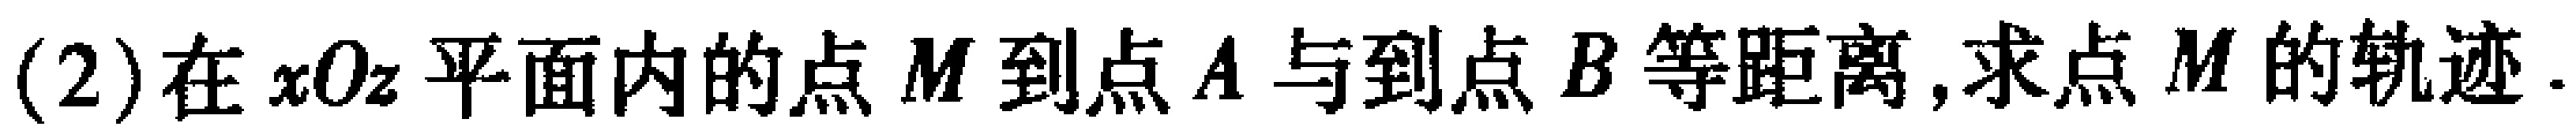
(2)在$xOz$平面内的点$M$到点$A$与到点$B$等距离,求点$M$的轨迹.